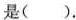
是（）。